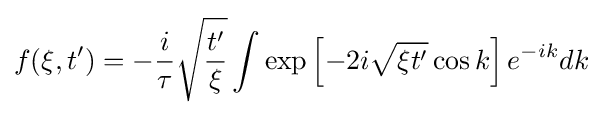
f(\xi ,t')=-{\frac {i}{\tau }}{\sqrt {\frac {t'}{\xi }}}\int \exp \left[-2i{\sqrt {\xi t'}}\cos k\right]e^{-ik}dk